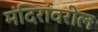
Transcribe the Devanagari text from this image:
मंदिरांवरील